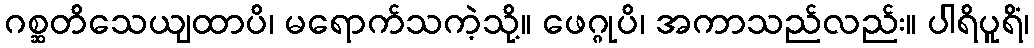
ဂစ္ဆတိသေယျထာပိ၊ မရောက်သကဲ့သို့။ ဖေဂ္ဂုပိ၊ အကာသည်လည်း။ ပါရိပူရိံ၊